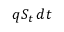
q S _ { t } \, d t